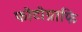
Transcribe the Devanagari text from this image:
फोटोग्राफि